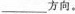
___方向。